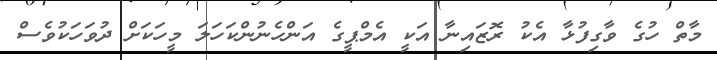
މާތް ހުގެ ވާގިފުޅާ އެކު ރޮޒައިނާ އަކީ އެމްޕީގެ އަންހެނުންކަހަލަ މީހަކަށް ދުވަހަކުވެސް